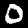
Digit: 0